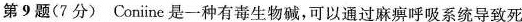
第9题(7分) Coniine 是一种有毒生物碱，可以通过麻痹呼吸系统导致死